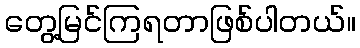
တွေ့မြင်ကြရတာဖြစ်ပါတယ်။